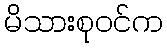
မိသားစုဝင်က